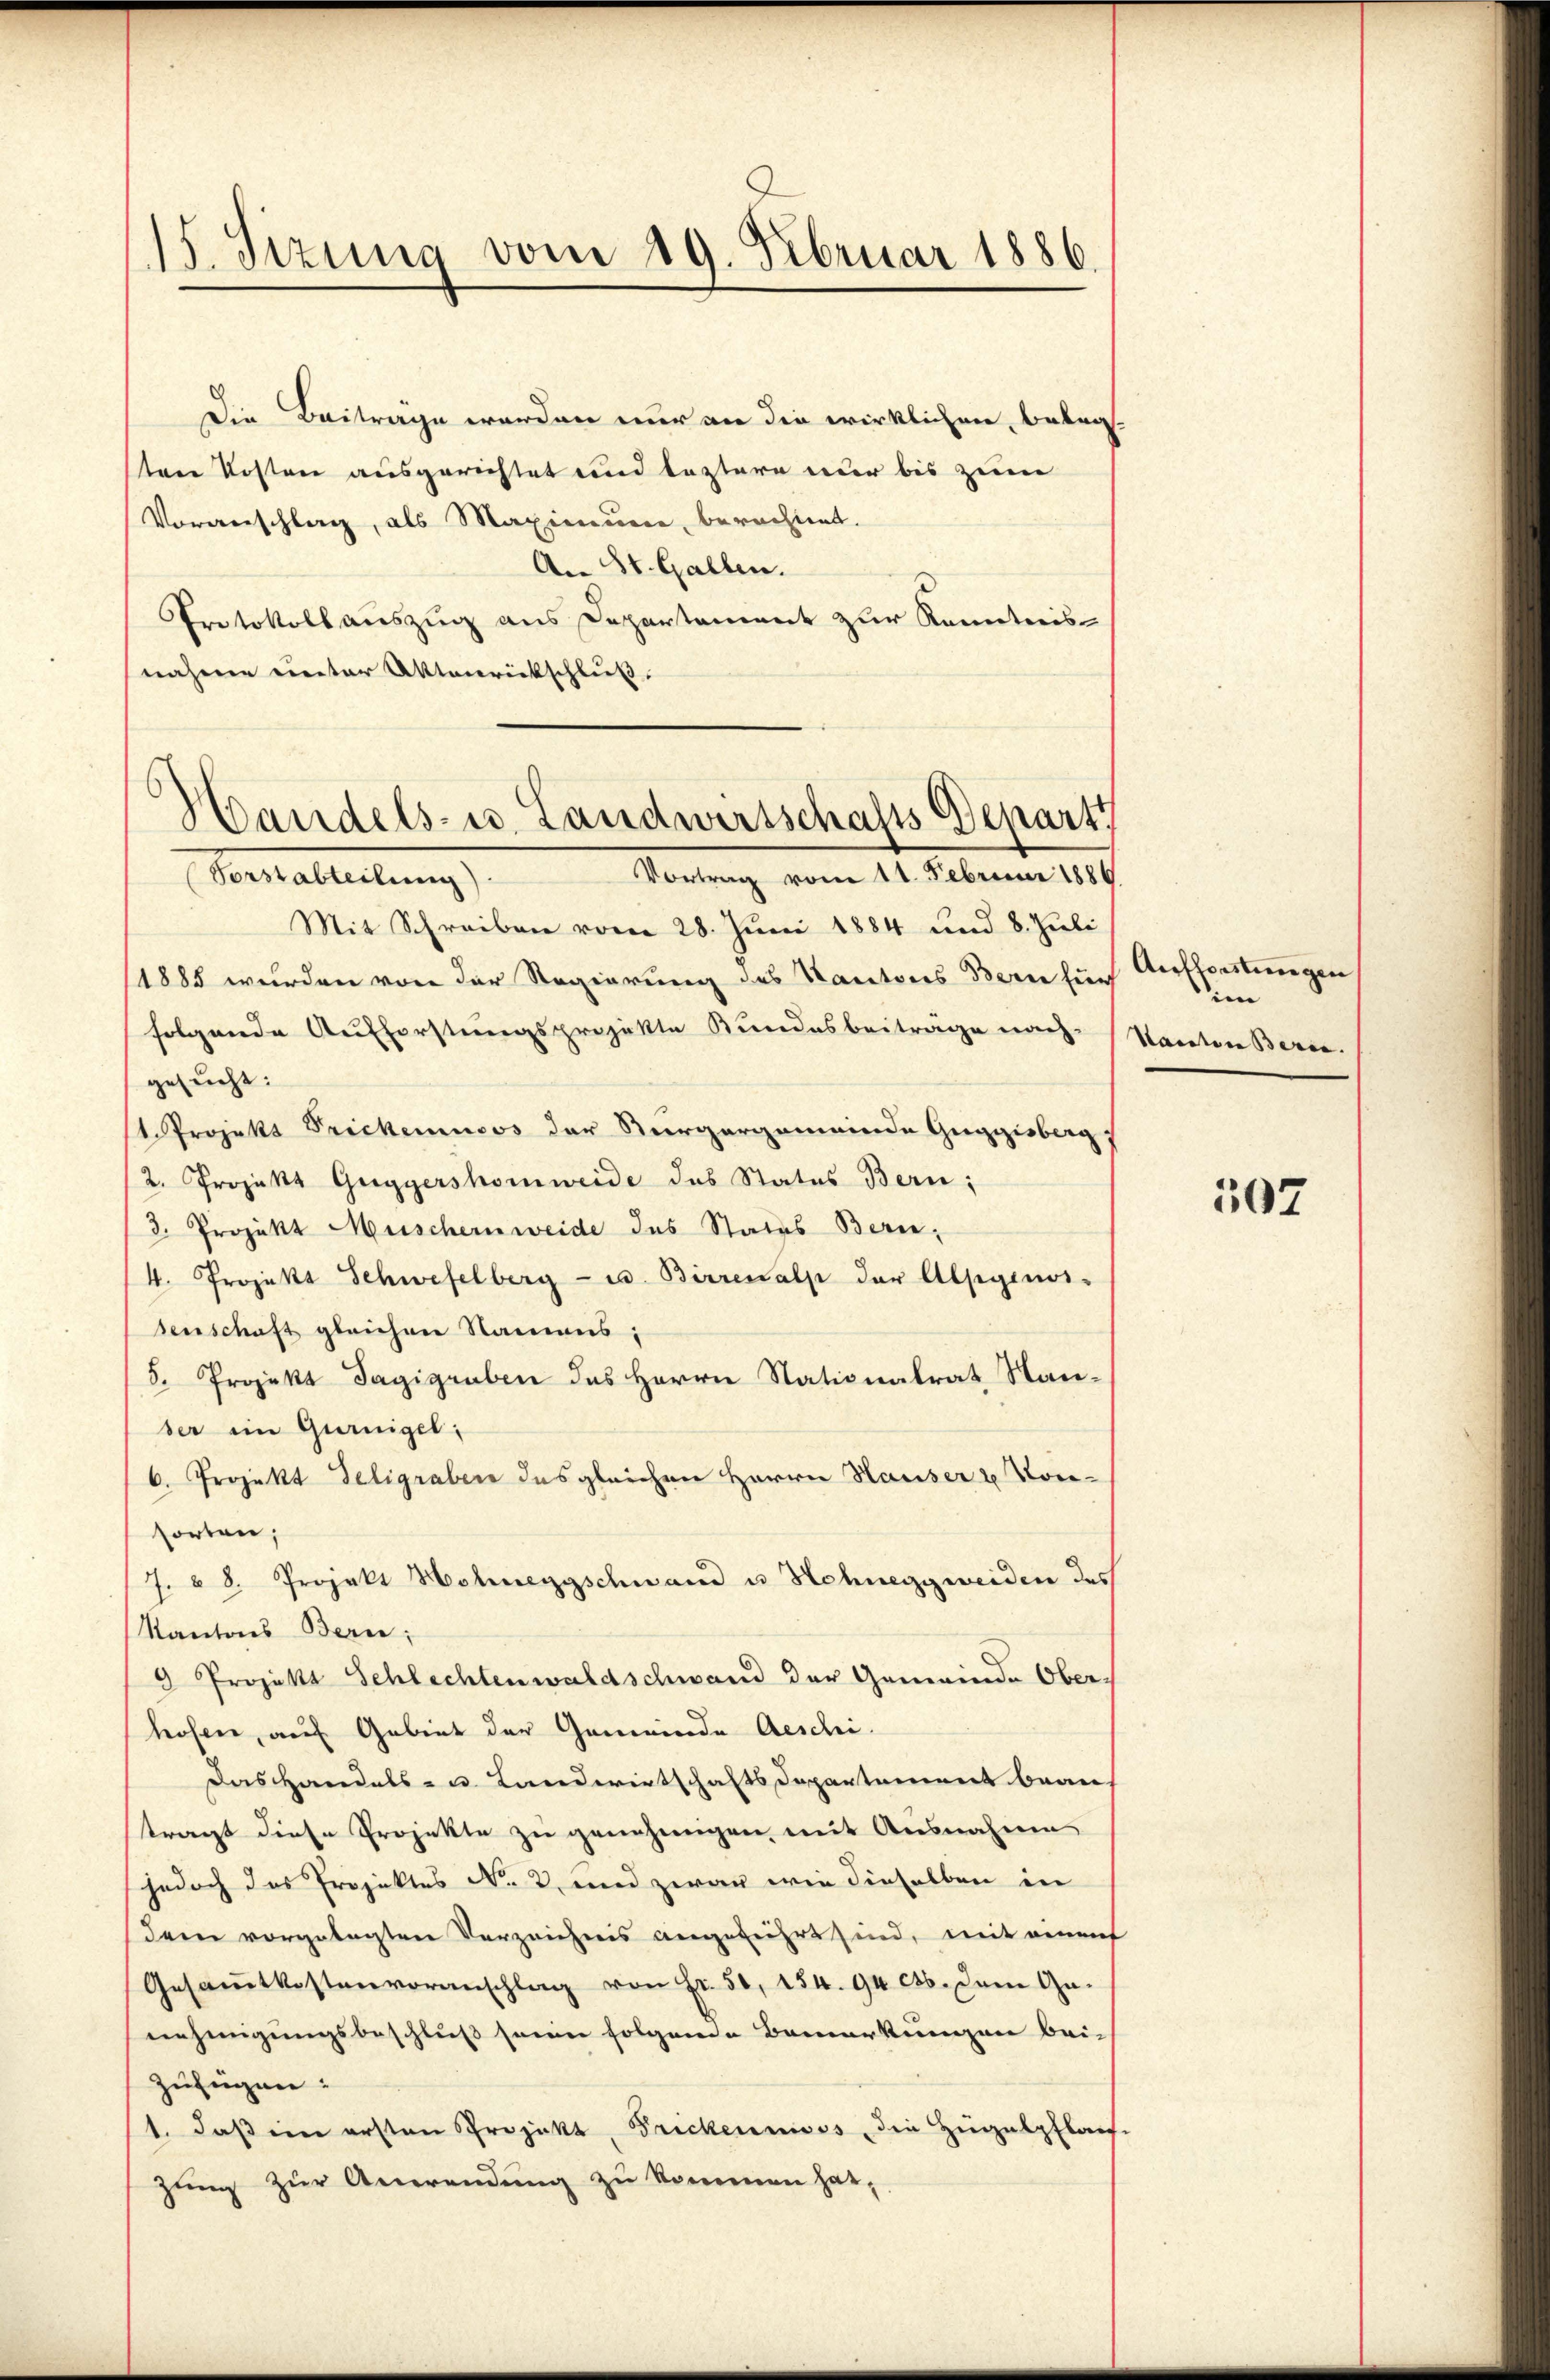
15. Sizung vom 19. Februar 1886.

Die Beiträge werden nur an die wirklichen, betraten Kosten ausgerichtet und leztere nur bis zum
Vorverschlag, als Maximum berechnet.
An St. Gallen.
Protokollauszug aus Departement zur Kenntnis
nahme unter Aktenrückschluß

Mit Schreiben vom 28. Juni 1884 und 8. Juli
/1885 wurden von der Regierung des Kantones Bern für
folgende Aufforstungsprojekte Bundesbeiträge nach
gesucht:
1. Projekt Frickemuoos der Vergergemeinde Guggisberg
2. Projekt Guggershomweide das Status Bern;
3. Projekt Muschernweide des Stades Bern,
4. Projekt Schwefelberg- u. Birresalp der Alpgenos-
senschaft gleichen Namens;
5. Projekt Dagigraben des Herrn Stationalrat Stanber ein Gurnigel:
6. Projekt deligraben des gleichen Herrn Hauser u. Von-
sorten;
J. u. 8. Projekt Hohnergschwand u. Schneggweiden des
Kantons Bern;
" Projekt Schlechtenwaldschwand der Gemeinde Ober-
hofen, auf Gebiet der Gemeinde Aeschi
Das Handels- u. Landwirtschaftsdepartement bean-
tragt diese Projekte zu genehmigen, mit Ausnahme
jedoch das Projektes No. 2. und zwar wie dieselben in
dem vorgelegten Verzeichnis angeführt sind, mit einen
Gesamtkostenvoranschlag von Fr. 50, 154. 94 cts. dem Ge-
nehmigungsbeschluß seiner folgende Bemerkungen bei-
zufügen:
1. daβ ein ersten Projekt, Frickenmoos, die Hügelpflach
zung zur Anwendung zu kommen hat,

Handels- u. Landwirtschafts Depart
Vortrag vom 11. Februar 1886.
Vorstabteilung).

Aufforstungen
en
Kanton Berie. |

307